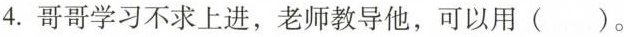
4.哥哥学习不求上进，老师教导他，可以用（）。